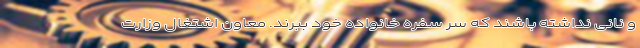
و نانی نداشته باشند که سر سفره خانواده خود ببرند. معاون اشتغال وزارت